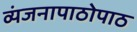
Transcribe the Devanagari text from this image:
व्यंजनापाठोपाठ